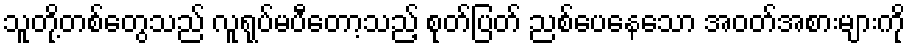
သူတို့တစ်တွေသည် လူရုပ်မပီတော့သည့် စုတ်ပြတ် ညစ်ပေနေသော အဝတ်အစားများကို